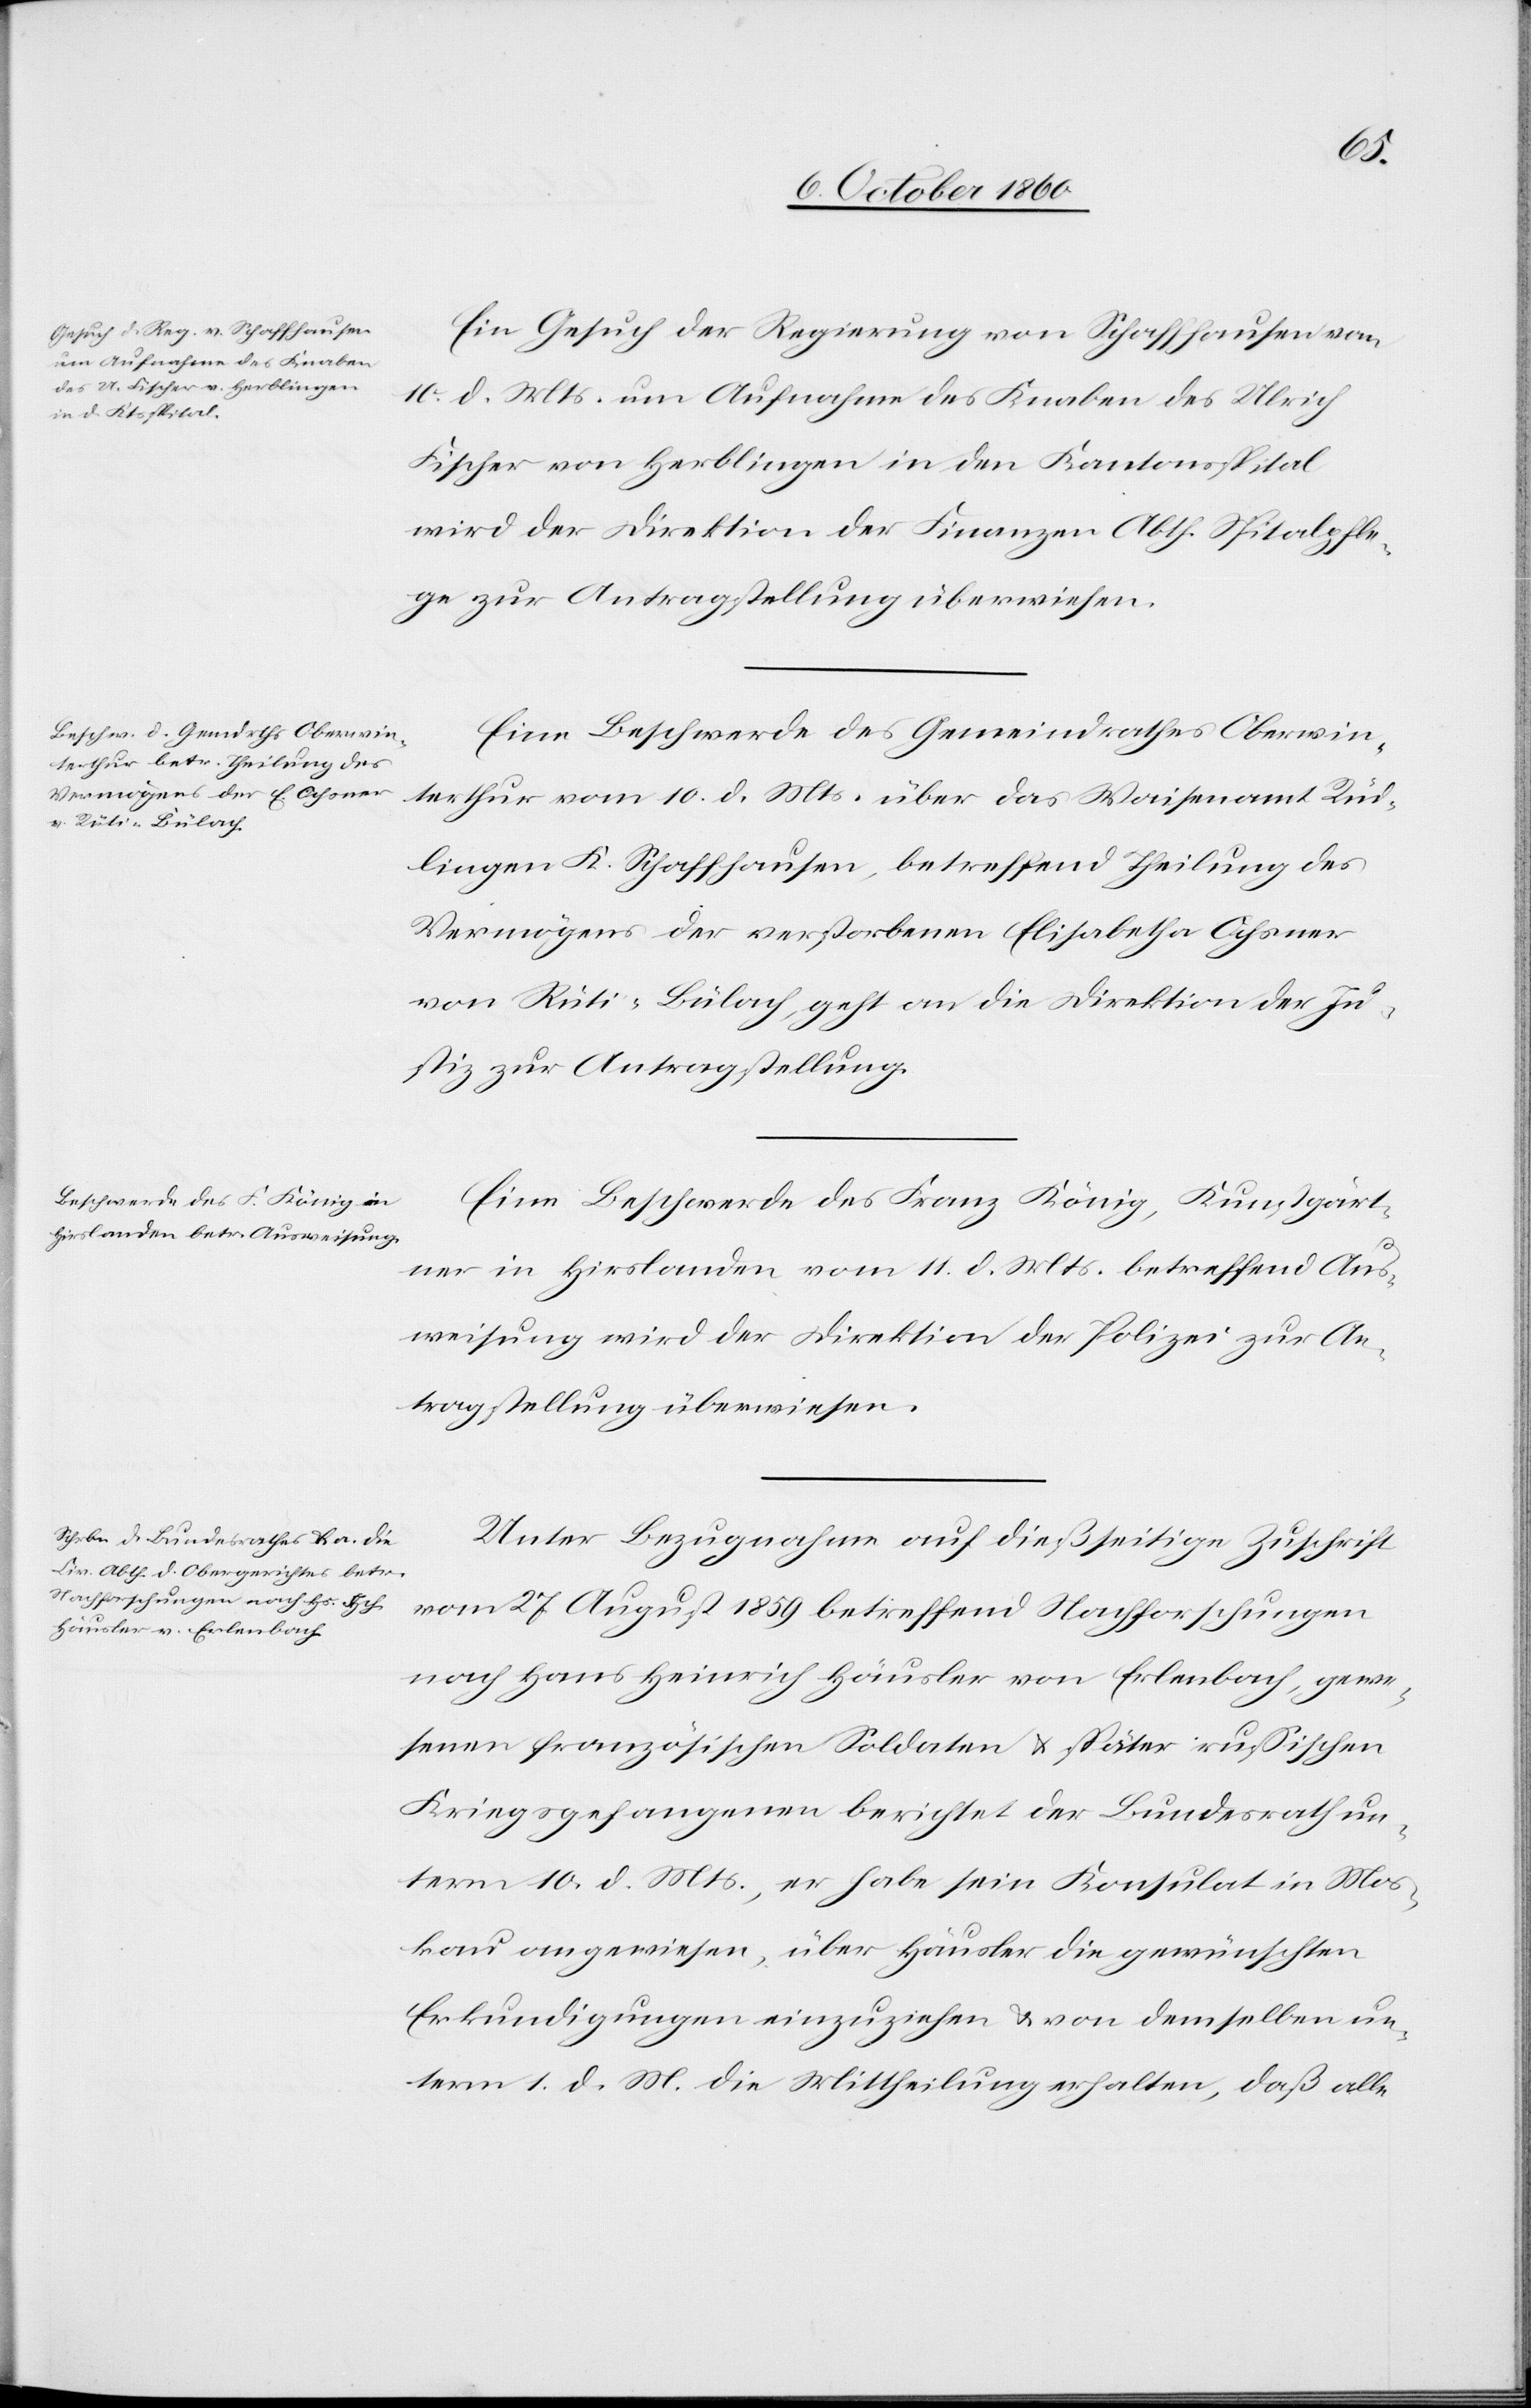
den
12. October 1860.]
Ein Gesuch der Regierung von Schaffhausen vom
10.
d. Mts. um Aufnahme des Knaben des Ulrich
Fischer von Herblingen in den Kantonsspital
wird der Direktion der Finanzen Abth. Spitalpfle¬
ge zur Antragstellung überwiesen.
Eine Beschwerde des Gemeindrathes Oberwin¬
terthur vom 10. d. Mts. über das Waisenamt Rüd¬
lingen K. Schaffhausen, betreffend Theilung des
Vermögens der verstorbenen Elisabetha Ochsner
von Rüti-Bülach, geht an die Direktion der Ju¬
stiz zur Antragstellung.
Eine Beschwerde des Franz König, Kunstgärt¬
ner in Hirslanden vom 11. d. Mts. betreffend Aus¬
weisung wird der Direktion der Polizei zur An¬
tragstellung überwiesen.
Unter Bezugnahme auf dießseitige Zuschrift
vom 27. August 1859 betreffend Nachforschungen
nach Hans Heinrich Häusler von Erlenbach, gewe¬
senen französischen Soldaten u. später rußischen
Kriegsgefangenen berichtet der Bundesrath un¬
term 10. d. Mts., er habe sein Konsulat in Mos¬
kau angewiesen, über Häusler die gewünschten
Erkundigungen einzuholen u. von demselben un¬
term 1. d. M. die Mittheilung erhalten, daß alle